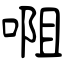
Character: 唨